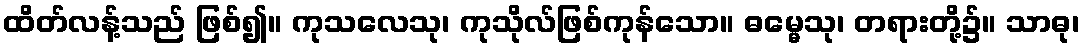
ထိတ်လန့်သည် ဖြစ်၍။ ကုသလေသု၊ ကုသိုလ်ဖြစ်ကုန်သော။ ဓမ္မေသု၊ တရားတို့၌။ သာဓု၊